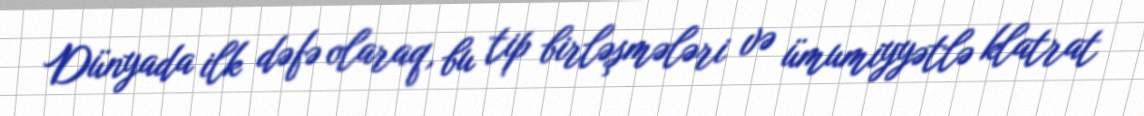
Dünyada ilk dəfə olaraq, bu tip birləşmələri və ümumiyyətlə klatrat